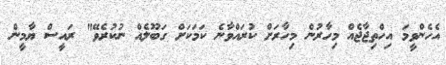
އެހެންވީމަ އިހްތިޖާޖެއް މިހާރުން މިހާރަށް ކުރައްވާނެ ކަމަކަށް ގަބޫލެއް ނުކުރެވޭ" ރައީސް ޔާމީން